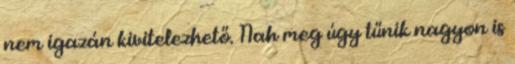
nem igazán kivitelezhető. Nah meg úgy tűnik nagyon is